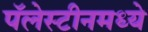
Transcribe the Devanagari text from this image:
पॅलेस्टीनमध्ये